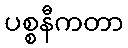
ပစ္စနီကတာ